Annual report of the Punjab Veterinary College and of the Civil Veterinary Department, Punjab - 1909-1919
Year: 1909
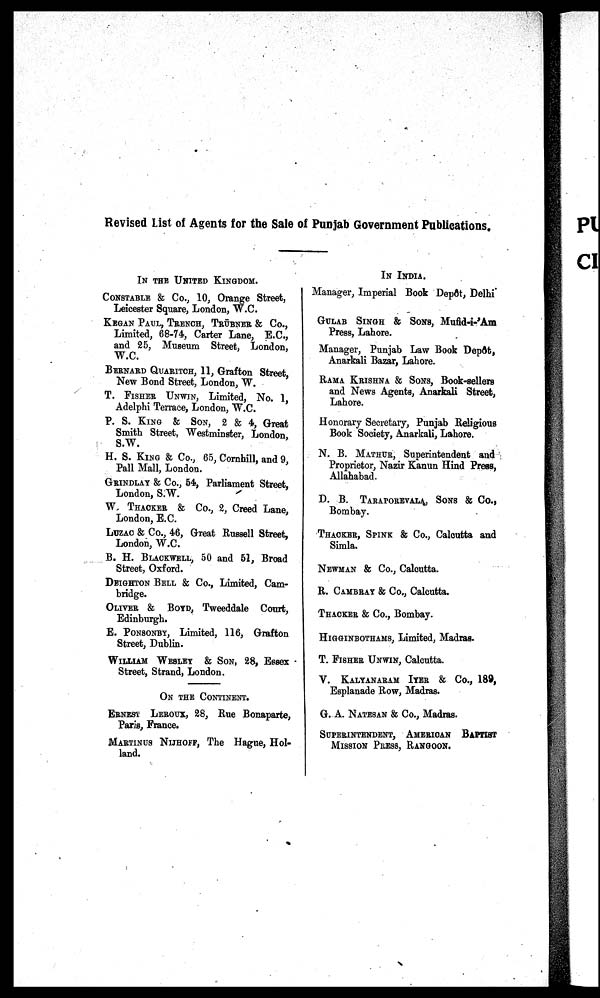
Revised List of Agents for the Sale of Punjab Government Publications.
IN THE UNITED KINGDOM.
CONSTABLE & Co., 10, Orange Street,
Leicester Square, London, W.C.
KEGAN PAUL, TRENCH, TRÜBNER & Co.,
Limited, 68-74, Carter Lane, E.C.,
and 25, Museum Street, London,
W.C.
BERNARD QUARITCH, 11, Grafton Street,
New Bond Street, London, W.
T. FISHER UNWIN, Limited, No. 1,
Adelphi Terrace, London, W.C.
P. S. KING & SON, 2 & 4, Great
Smith Street, Westminster, London,
S.W.
H. S. KING & Co., 65, Cornbill, and 9,
Pall Mall, London.
GRINDLAY & Co., 54, Parliament Street,
London, S.W.
W THACKER & Co., 2, Creed Lane,
London, E.C.
LUZAC & Co., 46, Great Russell Street,
London, W.C.
B. H. BLACKWELL, 50 and 51, Broad
Street, Oxford.
DEIGHTON BELL & Co., Limited, Cam-
bridge.
OLIVER & BOYD, Tweeddale Court,
Edinburgh.
E. PONSONBY, Limited, 116, Grafton
Street, Dublin.
WILLIAM WESLEY & SON, 28, Essex
Street, Strand, London.
ON THE CONTINENT.
ERNEST LEROUX, 28, Rue Bonaparte,
Paris, France.
MARTINUS NIJHOFF, The Hague, Hol-
land.
IN INDIA.
Manager, Imperial Book Depôt, Delhi
GULAB SINGH & SONS, Mufid-i-'Am
Press, Lahore.
Manager, Punjab Law Book Depôt,
Anarkali Bazar, Lahore.
RAMA KRISHNA & SONS, Book-sellers
and News Agents, Anarkali Street,
Lahore.
Honorary Secretary, Punjab Religious
Book Society, Anarkali, Lahore.
N. B. MATHUR, Superintendent and
Proprietor, Nazir Kanun Hind Press,
Allahabad.
D. B.
TARAPOREVALA, SONS & Co.,
Bombay.
THACKER, SPINK & Co., Calcutta and
Simla.
NEWMAN & Co., Calcutta.
R. CAMBRAY & Co., Calcutta.
THACKER & Co., Bombay.
HIGGINBOTHAMS, Limited, Madras.
T. FISHER UNWIN, Calcutta.
V. KALYANARAM IYER & Co., 189,
Esplanade Row, Madras.
G. A. NATESAN & Co., Madras.
SUPERINTENDENT, AMERICAN BAPTIST
MISSION PRESS, RANGOON.